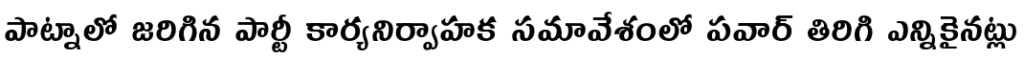
పాట్నాలో జరిగిన పార్టీ కార్యనిర్వాహక సమావేశంలో పవార్ తిరిగి ఎన్నికైనట్లు